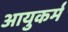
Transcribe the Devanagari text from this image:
आयुकर्म